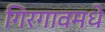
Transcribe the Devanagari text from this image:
गिरगावमधे